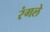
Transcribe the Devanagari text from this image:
रंगले